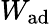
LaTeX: W_{\mathrm{ad}}